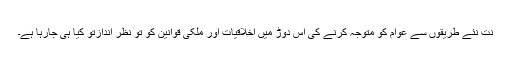
نت نئے طریقوں سے عوام کو متوجہ کرنے کی اس دوڑ میں اخلاقیات اور ملکی قوانین کو تو نظر اندازتو کیا ہی جارہا ہے۔